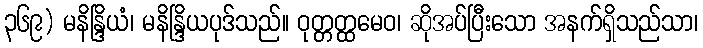
၃၆၉) မနိန္ဒြိယံ၊ မနိန္ဒြိယပုဒ်သည်။ ဝုတ္တတ္ထမေဝ၊ ဆိုအပ်ပြီးသော အနက်ရှိသည်သာ၊